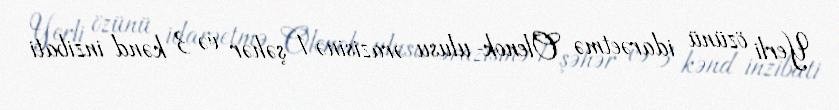
Yerli özünü idarəetmə Olenok ulusu ərazisinə 1 şəhər və 3 kənd inzibati